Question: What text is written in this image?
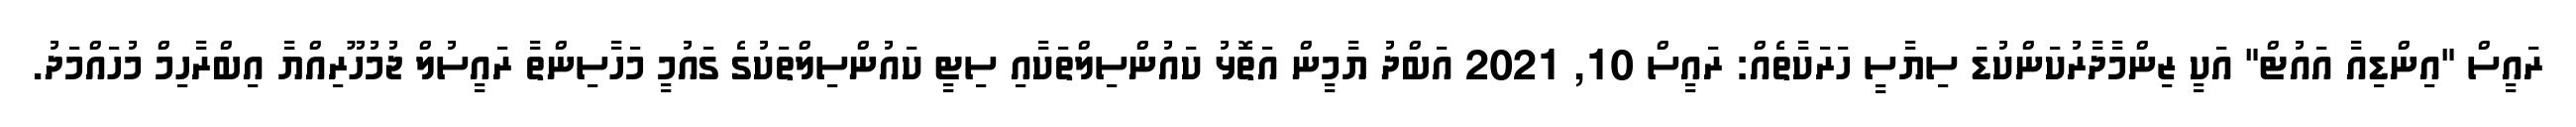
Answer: ރައީސް "އިންޑިއާ އައުޓް" އަކީ ޒިންމާދާރުކަންކުޑަ ސިޔާސީ ހަރަކާތެއް: ރައީސް 10, 2021 އަބްދު ޔާމީން އަތޮޅު ކައުންސިލްތަކާއި ސިޓީ ކައުންސިލްތަކުގެ ގައުމީ މަހާސިންތާ ރައީސުލް ޖުމުހޫރިއްޔާ އިބްރާހިމް މުހައްމަދު.